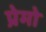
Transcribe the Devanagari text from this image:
प्रेमो